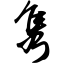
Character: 隽